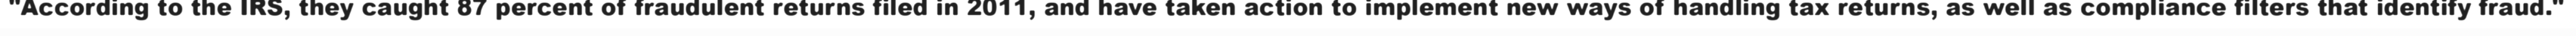
"According to the IRS, they caught 87 percent of fraudulent returns filed in 2011, and have taken action to implement new ways of handling tax returns, as well as compliance filters that identify fraud."